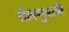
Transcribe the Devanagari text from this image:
तेलगुभाषी